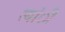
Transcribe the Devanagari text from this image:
त्यांी